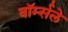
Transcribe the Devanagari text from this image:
वॉर्म्सले